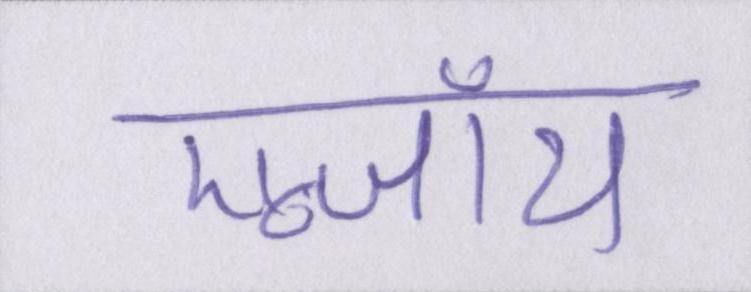
एन्जॉय